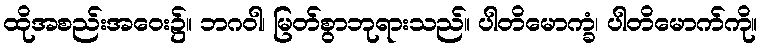
ထိုအစည်းအဝေး၌။ ဘဂဝါ၊ မြတ်စွာဘုရားသည်။ ပါတိမောက္ခံ၊ ပါတိမောက်ကို။